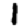
Digit: 1